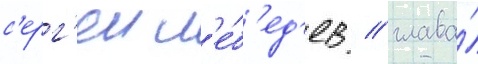
с'ерг'еи л'е́б'ед'ев / глава́